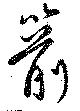
箭